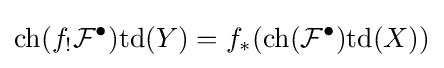
\mathrm {ch} (f_{!}{\mathcal {F}}^{\bullet })\mathrm {td} (Y)=f_{*}(\mathrm {ch} ({\mathcal {F}}^{\bullet })\mathrm {td} (X))